Vaccination in Bombay 1889-1901 - 1889-1901
Year: 1889
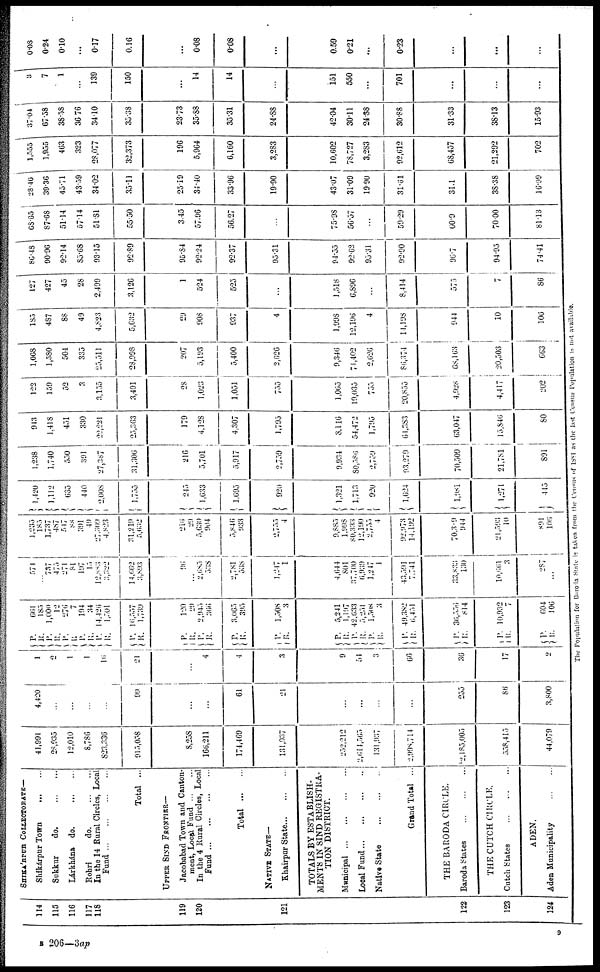
114
115
116
117
118
119
120
121
122
123
124
SHIKA'RPUR COLLECTORATE—
Shikárpur Town
...
...
Sukkur
do.
...
...
Lárkhána
do.
...
...
Rohri
do.
...
...
In the 14 Rural Circles, Local
Fund
...
...
...
...
Total ...
UPPET SIND
FRONTIAR—
Jacobabad Town and Canton-
ment, Local Fund
...
...
In the 4 Rural Circles, Local
Fund
...
...
...
...
Total
...
...
NATIVE STATE—
Khairpur
State...
...
TOTALS BY ESTABLISH-
MENTS IN SIND REGISTRA-
TION DISTRICT.
Municipal
...
...
...
...
Local Fund
...
...
...
...
Native State
...
...
...
Grand Total ...
THE BARODA CIRCLE.
Baroda States
...
...
...
THE CUTCH CIRCLE.
Cutch States
...
...
...
ADEN.
Aden Municipality
...
...
41,991
28,935
12,010
8,786
823,336
915, 058
8,258
166,211
174,469
131,937
252,212
2,614,565
131,937
2,998,714
2,185,005
558,415
44,079
4,420
...
...
...
...
99
...
...
61
21
...
...
...
...
255
86
3,800
1
2
1
1
16
21
...
4
4
3
9
54
3
66
36
17
2
P.
R.
P.
R.
P.
R.
P.
R.
P.
R.
P.
R.
P.
R.
P.
R.
P.
R.
P.
R.
P.
R.
P.
R.
P.
R.
P.
R.
P.
R.
P.
R.
P.
R.
661
185
1,000
12
276
7
194
34
14,426
1,501
16,557
1,739
120
29
2,945
366
3,065
395
1,508
3
5,241
1,197
42,633
5,251
1,508
3
49,382
6,451
36,556
814
10,932
7
604
106
574
...
737
475
271
81
197
10
12,883
3,322
14,662
3,893
96
...
2,685
538
2,781
538
1,247
1
4,644
801
37,700
6,939
1,247
1
43,591
7,741
33,833
130
10,661
3
287
...
1,235
185
1,737
487
547
88
391
49
27,309
4,823
31,219
5,632
216
29
5,630
904
5,846
933
2,755
4
9,885
1,998
80,333
12,190
2,755
4
92,973
14,192
70,309
944
21,593
10
891
106
1,420
1,112
635
440
2,008
1,755
245
1,633
1,695
920
1,321
1,713
920
1,624
1,981
1,271
415
1,238
1,740
550
391
27,387
31,306
216
5,701
5,917
2,759
9,934
80,586
2,759
93,279
70,509
21,781
891
943
1,418
451
330
22,221
25,363
179
4,128
4,307
1,795
8,116
54,472
1,795
64,383
63,047
15,846
80
122
159
52
3
3,155
3,491
28
1,023
1,051
755
1,065
19,035
755
20,855
4,928
4,417
202
1,068
1,580
504
335
25,511
28,998
207
5,193
5,400
2,626
9,346
71,402
2,626
86,374
68,163
20,503
663
185
487
88
49
4,823
5,632
29
908
937
4
1,998
12,196
4
14,198
944
10
106
127
427
45
28
2,499
3,126
1
524
525
...
1,518
6,896
...
8,414
575
7
86
86.48
90.96
92.14
85.68
93.15
92.89
95.84
92.24
92.37
95.31
94.55
92.62
95.31
92.90
96.7
94.95
74.41
68.65
87.68
51.14
57.14
51.81
55.50
3.45
57.96
56.27
...
75.98
50.57
...
59.29
00.9
70.00
81.13
28.46
39.36
45.71
43.59
34.02
35.11
25.19
34.40
33.96
19.90
43.07
31.09
19.90
31.61
31.1
38.38
16.99
1,555
1,955
463
323
28,077
32,373
196
5,964
6,160
3,283
10,602
78,727
3,283
92,612
68,457
21,292
702
37.04
67.58
38.58
36.76
34.10
35.38
23.73
35.88
35.31
24.88
42.04
30.11
24.88
30.88
31.33
38.13
15.93
3
7
1
...
139
150
...
14
14
...
151
550
...
701
...
...
...
0.08
0.24
0.10
...
0.17
0.16
...
0.08
0.08
...
0.59
0.21
...
0.23
...
...
...
The Population for Baroda State is taken from the Census of 1881 as the last Census Population is not available.
B 206—3ap
9